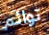
توائم